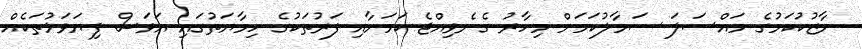
ނާޒުކުކަމުގެ މައްސަލަ ސަމާލުކަމަށް މިހާރު ގެނެވިއްޖެ ކަމަށާއި ފަރުތަކުގެ ހިމާޔަތުގައި އަވަސް ފިޔަވަޅުތަކެއް